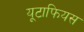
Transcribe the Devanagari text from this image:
यूटाफियस